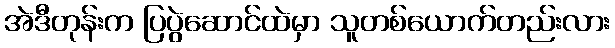
အဲဒီတုန်းက ပြပွဲဆောင်ထဲမှာ သူတစ်ယောက်တည်းလား